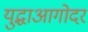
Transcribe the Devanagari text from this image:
युद्धाआगोदर